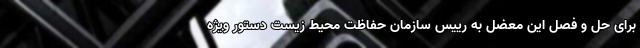
برای حل و فصل این معضل به رییس سازمان حفاظت محیط زیست دستور ویژه